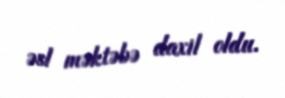
əsl məktəbə daxil oldu.